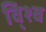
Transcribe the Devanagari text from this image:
वि्श्व